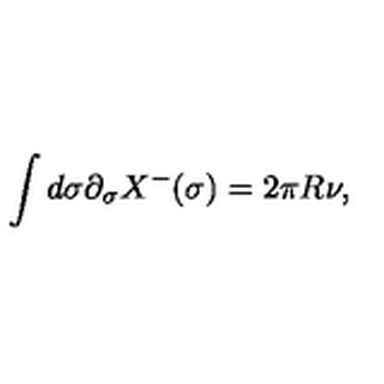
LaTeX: \int d \sigma \partial _ { \sigma } X ^ { - } ( \sigma ) = 2 \pi R \nu ,